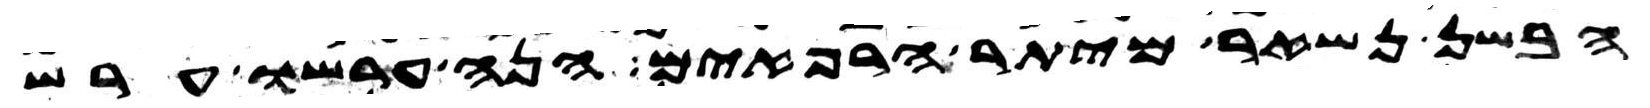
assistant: הבשן נשאר מיתר הרפאים הנה ערשו ערש